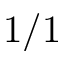
1 / 1